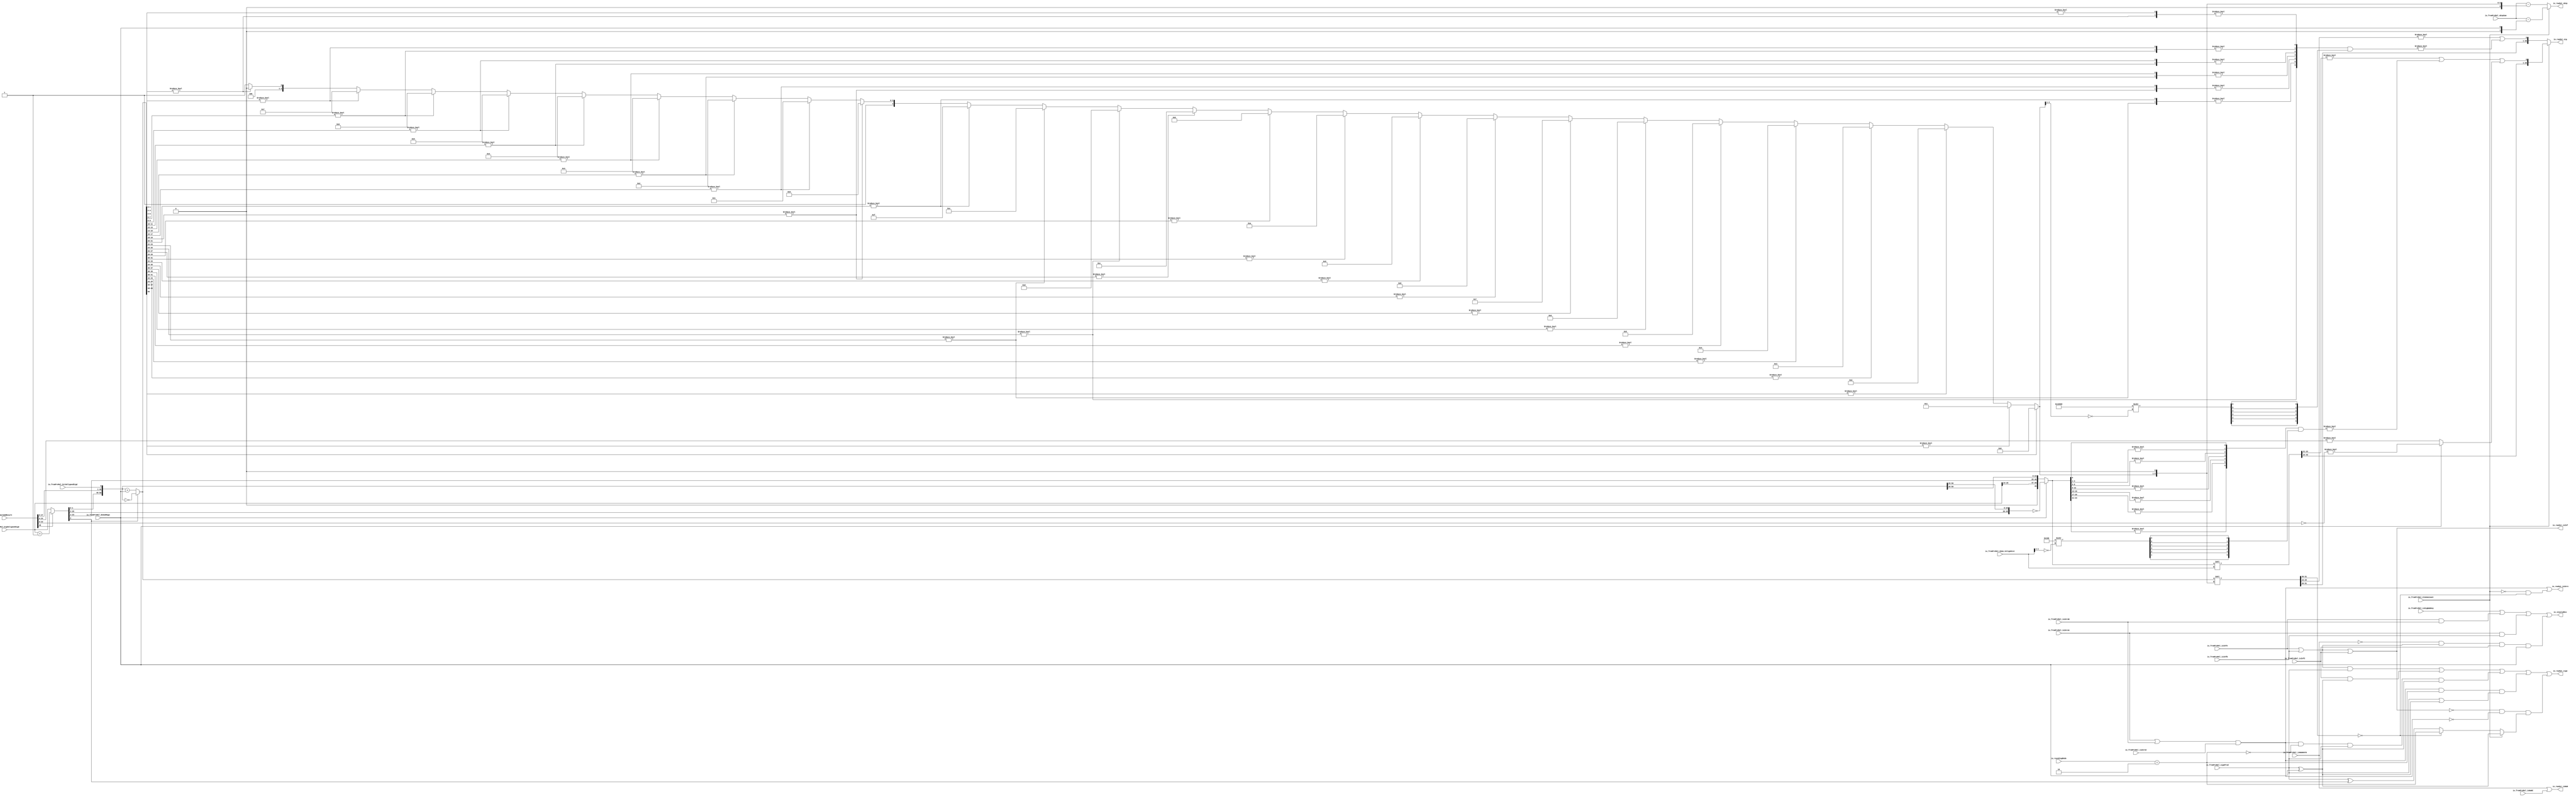
module MulAddRecFNToRaw_postMul( // @[:freechips.rocketchip.system.DefaultRV32Config.fir@190483.2]
  input         io_fromPreMul_isSigNaNAny, // @[:freechips.rocketchip.system.DefaultRV32Config.fir@190484.4]
  input         io_fromPreMul_isNaNAOrB, // @[:freechips.rocketchip.system.DefaultRV32Config.fir@190484.4]
  input         io_fromPreMul_isInfA, // @[:freechips.rocketchip.system.DefaultRV32Config.fir@190484.4]
  input         io_fromPreMul_isZeroA, // @[:freechips.rocketchip.system.DefaultRV32Config.fir@190484.4]
  input         io_fromPreMul_isInfB, // @[:freechips.rocketchip.system.DefaultRV32Config.fir@190484.4]
  input         io_fromPreMul_isZeroB, // @[:freechips.rocketchip.system.DefaultRV32Config.fir@190484.4]
  input         io_fromPreMul_signProd, // @[:freechips.rocketchip.system.DefaultRV32Config.fir@190484.4]
  input         io_fromPreMul_isNaNC, // @[:freechips.rocketchip.system.DefaultRV32Config.fir@190484.4]
  input         io_fromPreMul_isInfC, // @[:freechips.rocketchip.system.DefaultRV32Config.fir@190484.4]
  input         io_fromPreMul_isZeroC, // @[:freechips.rocketchip.system.DefaultRV32Config.fir@190484.4]
  input  [9:0]  io_fromPreMul_sExpSum, // @[:freechips.rocketchip.system.DefaultRV32Config.fir@190484.4]
  input         io_fromPreMul_doSubMags, // @[:freechips.rocketchip.system.DefaultRV32Config.fir@190484.4]
  input         io_fromPreMul_CIsDominant, // @[:freechips.rocketchip.system.DefaultRV32Config.fir@190484.4]
  input  [4:0]  io_fromPreMul_CDom_CAlignDist, // @[:freechips.rocketchip.system.DefaultRV32Config.fir@190484.4]
  input  [25:0] io_fromPreMul_highAlignedSigC, // @[:freechips.rocketchip.system.DefaultRV32Config.fir@190484.4]
  input         io_fromPreMul_bit0AlignedSigC, // @[:freechips.rocketchip.system.DefaultRV32Config.fir@190484.4]
  input  [48:0] io_mulAddResult, // @[:freechips.rocketchip.system.DefaultRV32Config.fir@190484.4]
  input  [2:0]  io_roundingMode, // @[:freechips.rocketchip.system.DefaultRV32Config.fir@190484.4]
  output        io_invalidExc, // @[:freechips.rocketchip.system.DefaultRV32Config.fir@190484.4]
  output        io_rawOut_isNaN, // @[:freechips.rocketchip.system.DefaultRV32Config.fir@190484.4]
  output        io_rawOut_isInf, // @[:freechips.rocketchip.system.DefaultRV32Config.fir@190484.4]
  output        io_rawOut_isZero, // @[:freechips.rocketchip.system.DefaultRV32Config.fir@190484.4]
  output        io_rawOut_sign, // @[:freechips.rocketchip.system.DefaultRV32Config.fir@190484.4]
  output [9:0]  io_rawOut_sExp, // @[:freechips.rocketchip.system.DefaultRV32Config.fir@190484.4]
  output [26:0] io_rawOut_sig // @[:freechips.rocketchip.system.DefaultRV32Config.fir@190484.4]
);
  wire  roundingMode_min; // @[MulAddRecFN.scala 188:45:freechips.rocketchip.system.DefaultRV32Config.fir@190487.4]
  wire  CDom_sign; // @[MulAddRecFN.scala 192:42:freechips.rocketchip.system.DefaultRV32Config.fir@190488.4]
  wire [25:0] _T_2; // @[MulAddRecFN.scala 195:47:freechips.rocketchip.system.DefaultRV32Config.fir@190491.4]
  wire [25:0] _T_3; // @[MulAddRecFN.scala 194:16:freechips.rocketchip.system.DefaultRV32Config.fir@190492.4]
  wire [74:0] sigSum; // @[Cat.scala 29:58:freechips.rocketchip.system.DefaultRV32Config.fir@190495.4]
  wire [1:0] _T_6; // @[MulAddRecFN.scala 205:69:freechips.rocketchip.system.DefaultRV32Config.fir@190496.4]
  wire [9:0] _GEN_0; // @[MulAddRecFN.scala 205:43:freechips.rocketchip.system.DefaultRV32Config.fir@190497.4]
  wire [9:0] CDom_sExp; // @[MulAddRecFN.scala 205:43:freechips.rocketchip.system.DefaultRV32Config.fir@190499.4]
  wire [49:0] _T_10; // @[MulAddRecFN.scala 208:13:freechips.rocketchip.system.DefaultRV32Config.fir@190501.4]
  wire [49:0] _T_14; // @[Cat.scala 29:58:freechips.rocketchip.system.DefaultRV32Config.fir@190505.4]
  wire [49:0] CDom_absSigSum; // @[MulAddRecFN.scala 207:12:freechips.rocketchip.system.DefaultRV32Config.fir@190506.4]
  wire [23:0] _T_16; // @[MulAddRecFN.scala 217:14:freechips.rocketchip.system.DefaultRV32Config.fir@190508.4]
  wire  _T_17; // @[MulAddRecFN.scala 217:36:freechips.rocketchip.system.DefaultRV32Config.fir@190509.4]
  wire  _T_19; // @[MulAddRecFN.scala 218:37:freechips.rocketchip.system.DefaultRV32Config.fir@190511.4]
  wire  CDom_absSigSumExtra; // @[MulAddRecFN.scala 216:12:freechips.rocketchip.system.DefaultRV32Config.fir@190512.4]
  wire [80:0] _GEN_1; // @[MulAddRecFN.scala 221:24:freechips.rocketchip.system.DefaultRV32Config.fir@190513.4]
  wire [80:0] _T_20; // @[MulAddRecFN.scala 221:24:freechips.rocketchip.system.DefaultRV32Config.fir@190513.4]
  wire [28:0] CDom_mainSig; // @[MulAddRecFN.scala 221:56:freechips.rocketchip.system.DefaultRV32Config.fir@190514.4]
  wire [26:0] in_orReduceBy4; // @[MulAddRecFN.scala 224:53:freechips.rocketchip.system.DefaultRV32Config.fir@190516.4]
  wire  reducedVec_orReduceBy4_0; // @[primitives.scala 209:54:freechips.rocketchip.system.DefaultRV32Config.fir@190520.4]
  wire  reducedVec_orReduceBy4_1; // @[primitives.scala 209:54:freechips.rocketchip.system.DefaultRV32Config.fir@190523.4]
  wire  reducedVec_orReduceBy4_2; // @[primitives.scala 209:54:freechips.rocketchip.system.DefaultRV32Config.fir@190526.4]
  wire  reducedVec_orReduceBy4_3; // @[primitives.scala 209:54:freechips.rocketchip.system.DefaultRV32Config.fir@190529.4]
  wire  reducedVec_orReduceBy4_4; // @[primitives.scala 209:54:freechips.rocketchip.system.DefaultRV32Config.fir@190532.4]
  wire  reducedVec_orReduceBy4_5; // @[primitives.scala 209:54:freechips.rocketchip.system.DefaultRV32Config.fir@190535.4]
  wire  reducedVec_orReduceBy4_6; // @[primitives.scala 212:57:freechips.rocketchip.system.DefaultRV32Config.fir@190538.4]
  wire [6:0] _T_41; // @[primitives.scala 213:20:freechips.rocketchip.system.DefaultRV32Config.fir@190545.4]
  wire [2:0] in_inv; // @[primitives.scala 118:30:freechips.rocketchip.system.DefaultRV32Config.fir@190547.4]
  wire [8:0] shift; // @[primitives.scala 160:58:freechips.rocketchip.system.DefaultRV32Config.fir@190548.4]
  wire [5:0] my_lowMask_1; // @[Cat.scala 29:58:freechips.rocketchip.system.DefaultRV32Config.fir@190564.4]
  wire [6:0] _GEN_2; // @[MulAddRecFN.scala 224:72:freechips.rocketchip.system.DefaultRV32Config.fir@190565.4]
  wire [6:0] _T_58; // @[MulAddRecFN.scala 224:72:freechips.rocketchip.system.DefaultRV32Config.fir@190565.4]
  wire  CDom_reduced4SigExtra; // @[MulAddRecFN.scala 225:73:freechips.rocketchip.system.DefaultRV32Config.fir@190566.4]
  wire  _T_61; // @[MulAddRecFN.scala 228:32:freechips.rocketchip.system.DefaultRV32Config.fir@190569.4]
  wire  _T_62; // @[MulAddRecFN.scala 228:36:freechips.rocketchip.system.DefaultRV32Config.fir@190570.4]
  wire  _T_63; // @[MulAddRecFN.scala 228:61:freechips.rocketchip.system.DefaultRV32Config.fir@190571.4]
  wire [26:0] CDom_sig; // @[Cat.scala 29:58:freechips.rocketchip.system.DefaultRV32Config.fir@190572.4]
  wire  notCDom_signSigSum; // @[MulAddRecFN.scala 234:36:freechips.rocketchip.system.DefaultRV32Config.fir@190573.4]
  wire [50:0] _T_65; // @[MulAddRecFN.scala 237:13:freechips.rocketchip.system.DefaultRV32Config.fir@190575.4]
  wire [50:0] _GEN_3; // @[MulAddRecFN.scala 238:41:freechips.rocketchip.system.DefaultRV32Config.fir@190577.4]
  wire [50:0] _T_68; // @[MulAddRecFN.scala 238:41:freechips.rocketchip.system.DefaultRV32Config.fir@190578.4]
  wire [50:0] in_orReduceBy2; // @[MulAddRecFN.scala 236:12:freechips.rocketchip.system.DefaultRV32Config.fir@190579.4]
  wire  reducedVec_orReduceBy2__0; // @[primitives.scala 190:54:freechips.rocketchip.system.DefaultRV32Config.fir@190583.4]
  wire  reducedVec_orReduceBy2__1; // @[primitives.scala 190:54:freechips.rocketchip.system.DefaultRV32Config.fir@190586.4]
  wire  reducedVec_orReduceBy2__2; // @[primitives.scala 190:54:freechips.rocketchip.system.DefaultRV32Config.fir@190589.4]
  wire  reducedVec_orReduceBy2__3; // @[primitives.scala 190:54:freechips.rocketchip.system.DefaultRV32Config.fir@190592.4]
  wire  reducedVec_orReduceBy2__4; // @[primitives.scala 190:54:freechips.rocketchip.system.DefaultRV32Config.fir@190595.4]
  wire  reducedVec_orReduceBy2__5; // @[primitives.scala 190:54:freechips.rocketchip.system.DefaultRV32Config.fir@190598.4]
  wire  reducedVec_orReduceBy2__6; // @[primitives.scala 190:54:freechips.rocketchip.system.DefaultRV32Config.fir@190601.4]
  wire  reducedVec_orReduceBy2__7; // @[primitives.scala 190:54:freechips.rocketchip.system.DefaultRV32Config.fir@190604.4]
  wire  reducedVec_orReduceBy2__8; // @[primitives.scala 190:54:freechips.rocketchip.system.DefaultRV32Config.fir@190607.4]
  wire  reducedVec_orReduceBy2__9; // @[primitives.scala 190:54:freechips.rocketchip.system.DefaultRV32Config.fir@190610.4]
  wire  reducedVec_orReduceBy2__10; // @[primitives.scala 190:54:freechips.rocketchip.system.DefaultRV32Config.fir@190613.4]
  wire  reducedVec_orReduceBy2__11; // @[primitives.scala 190:54:freechips.rocketchip.system.DefaultRV32Config.fir@190616.4]
  wire  reducedVec_orReduceBy2__12; // @[primitives.scala 190:54:freechips.rocketchip.system.DefaultRV32Config.fir@190619.4]
  wire  reducedVec_orReduceBy2__13; // @[primitives.scala 190:54:freechips.rocketchip.system.DefaultRV32Config.fir@190622.4]
  wire  reducedVec_orReduceBy2__14; // @[primitives.scala 190:54:freechips.rocketchip.system.DefaultRV32Config.fir@190625.4]
  wire  reducedVec_orReduceBy2__15; // @[primitives.scala 190:54:freechips.rocketchip.system.DefaultRV32Config.fir@190628.4]
  wire  reducedVec_orReduceBy2__16; // @[primitives.scala 190:54:freechips.rocketchip.system.DefaultRV32Config.fir@190631.4]
  wire  reducedVec_orReduceBy2__17; // @[primitives.scala 190:54:freechips.rocketchip.system.DefaultRV32Config.fir@190634.4]
  wire  reducedVec_orReduceBy2__18; // @[primitives.scala 190:54:freechips.rocketchip.system.DefaultRV32Config.fir@190637.4]
  wire  reducedVec_orReduceBy2__19; // @[primitives.scala 190:54:freechips.rocketchip.system.DefaultRV32Config.fir@190640.4]
  wire  reducedVec_orReduceBy2__20; // @[primitives.scala 190:54:freechips.rocketchip.system.DefaultRV32Config.fir@190643.4]
  wire  reducedVec_orReduceBy2__21; // @[primitives.scala 190:54:freechips.rocketchip.system.DefaultRV32Config.fir@190646.4]
  wire  reducedVec_orReduceBy2__22; // @[primitives.scala 190:54:freechips.rocketchip.system.DefaultRV32Config.fir@190649.4]
  wire  reducedVec_orReduceBy2__23; // @[primitives.scala 190:54:freechips.rocketchip.system.DefaultRV32Config.fir@190652.4]
  wire  reducedVec_orReduceBy2__24; // @[primitives.scala 190:54:freechips.rocketchip.system.DefaultRV32Config.fir@190655.4]
  wire  reducedVec_orReduceBy2__25; // @[primitives.scala 193:15:freechips.rocketchip.system.DefaultRV32Config.fir@190657.4]
  wire [5:0] _T_125; // @[primitives.scala 194:20:freechips.rocketchip.system.DefaultRV32Config.fir@190664.4]
  wire [12:0] _T_132; // @[primitives.scala 194:20:freechips.rocketchip.system.DefaultRV32Config.fir@190671.4]
  wire [5:0] _T_137; // @[primitives.scala 194:20:freechips.rocketchip.system.DefaultRV32Config.fir@190676.4]
  wire [25:0] notCDom_reduced2AbsSigSum; // @[primitives.scala 194:20:freechips.rocketchip.system.DefaultRV32Config.fir@190684.4]
  wire [4:0] _T_171; // @[Mux.scala 47:69:freechips.rocketchip.system.DefaultRV32Config.fir@190711.4]
  wire [4:0] _T_172; // @[Mux.scala 47:69:freechips.rocketchip.system.DefaultRV32Config.fir@190712.4]
  wire [4:0] _T_173; // @[Mux.scala 47:69:freechips.rocketchip.system.DefaultRV32Config.fir@190713.4]
  wire [4:0] _T_174; // @[Mux.scala 47:69:freechips.rocketchip.system.DefaultRV32Config.fir@190714.4]
  wire [4:0] _T_175; // @[Mux.scala 47:69:freechips.rocketchip.system.DefaultRV32Config.fir@190715.4]
  wire [4:0] _T_176; // @[Mux.scala 47:69:freechips.rocketchip.system.DefaultRV32Config.fir@190716.4]
  wire [4:0] _T_177; // @[Mux.scala 47:69:freechips.rocketchip.system.DefaultRV32Config.fir@190717.4]
  wire [4:0] _T_178; // @[Mux.scala 47:69:freechips.rocketchip.system.DefaultRV32Config.fir@190718.4]
  wire [4:0] _T_179; // @[Mux.scala 47:69:freechips.rocketchip.system.DefaultRV32Config.fir@190719.4]
  wire [4:0] _T_180; // @[Mux.scala 47:69:freechips.rocketchip.system.DefaultRV32Config.fir@190720.4]
  wire [4:0] _T_181; // @[Mux.scala 47:69:freechips.rocketchip.system.DefaultRV32Config.fir@190721.4]
  wire [4:0] _T_182; // @[Mux.scala 47:69:freechips.rocketchip.system.DefaultRV32Config.fir@190722.4]
  wire [4:0] _T_183; // @[Mux.scala 47:69:freechips.rocketchip.system.DefaultRV32Config.fir@190723.4]
  wire [4:0] _T_184; // @[Mux.scala 47:69:freechips.rocketchip.system.DefaultRV32Config.fir@190724.4]
  wire [4:0] _T_185; // @[Mux.scala 47:69:freechips.rocketchip.system.DefaultRV32Config.fir@190725.4]
  wire [4:0] _T_186; // @[Mux.scala 47:69:freechips.rocketchip.system.DefaultRV32Config.fir@190726.4]
  wire [4:0] _T_187; // @[Mux.scala 47:69:freechips.rocketchip.system.DefaultRV32Config.fir@190727.4]
  wire [4:0] _T_188; // @[Mux.scala 47:69:freechips.rocketchip.system.DefaultRV32Config.fir@190728.4]
  wire [4:0] _T_189; // @[Mux.scala 47:69:freechips.rocketchip.system.DefaultRV32Config.fir@190729.4]
  wire [4:0] _T_190; // @[Mux.scala 47:69:freechips.rocketchip.system.DefaultRV32Config.fir@190730.4]
  wire [4:0] _T_191; // @[Mux.scala 47:69:freechips.rocketchip.system.DefaultRV32Config.fir@190731.4]
  wire [4:0] _T_192; // @[Mux.scala 47:69:freechips.rocketchip.system.DefaultRV32Config.fir@190732.4]
  wire [4:0] _T_193; // @[Mux.scala 47:69:freechips.rocketchip.system.DefaultRV32Config.fir@190733.4]
  wire [4:0] _T_194; // @[Mux.scala 47:69:freechips.rocketchip.system.DefaultRV32Config.fir@190734.4]
  wire [4:0] notCDom_normDistReduced2; // @[Mux.scala 47:69:freechips.rocketchip.system.DefaultRV32Config.fir@190735.4]
  wire [5:0] notCDom_nearNormDist; // @[MulAddRecFN.scala 242:56:freechips.rocketchip.system.DefaultRV32Config.fir@190736.4]
  wire [6:0] _T_195; // @[MulAddRecFN.scala 243:69:freechips.rocketchip.system.DefaultRV32Config.fir@190737.4]
  wire [9:0] _GEN_4; // @[MulAddRecFN.scala 243:46:freechips.rocketchip.system.DefaultRV32Config.fir@190738.4]
  wire [9:0] notCDom_sExp; // @[MulAddRecFN.scala 243:46:freechips.rocketchip.system.DefaultRV32Config.fir@190740.4]
  wire [113:0] _GEN_5; // @[MulAddRecFN.scala 245:27:freechips.rocketchip.system.DefaultRV32Config.fir@190741.4]
  wire [113:0] _T_198; // @[MulAddRecFN.scala 245:27:freechips.rocketchip.system.DefaultRV32Config.fir@190741.4]
  wire [28:0] notCDom_mainSig; // @[MulAddRecFN.scala 245:50:freechips.rocketchip.system.DefaultRV32Config.fir@190742.4]
  wire [12:0] in_orReduceBy2_1; // @[MulAddRecFN.scala 249:39:freechips.rocketchip.system.DefaultRV32Config.fir@190743.4]
  wire  reducedVec_orReduceBy2_1_0; // @[primitives.scala 190:54:freechips.rocketchip.system.DefaultRV32Config.fir@190748.4]
  wire  reducedVec_orReduceBy2_1_1; // @[primitives.scala 190:54:freechips.rocketchip.system.DefaultRV32Config.fir@190751.4]
  wire  reducedVec_orReduceBy2_1_2; // @[primitives.scala 190:54:freechips.rocketchip.system.DefaultRV32Config.fir@190754.4]
  wire  reducedVec_orReduceBy2_1_3; // @[primitives.scala 190:54:freechips.rocketchip.system.DefaultRV32Config.fir@190757.4]
  wire  reducedVec_orReduceBy2_1_4; // @[primitives.scala 190:54:freechips.rocketchip.system.DefaultRV32Config.fir@190760.4]
  wire  reducedVec_orReduceBy2_1_5; // @[primitives.scala 190:54:freechips.rocketchip.system.DefaultRV32Config.fir@190763.4]
  wire  reducedVec_orReduceBy2_1_6; // @[primitives.scala 193:15:freechips.rocketchip.system.DefaultRV32Config.fir@190765.4]
  wire [6:0] _T_219; // @[primitives.scala 194:20:freechips.rocketchip.system.DefaultRV32Config.fir@190773.4]
  wire [3:0] in_inv_1; // @[primitives.scala 118:30:freechips.rocketchip.system.DefaultRV32Config.fir@190775.4]
  wire [16:0] shift_1; // @[primitives.scala 160:58:freechips.rocketchip.system.DefaultRV32Config.fir@190776.4]
  wire [5:0] my_lowMask_1_1; // @[Cat.scala 29:58:freechips.rocketchip.system.DefaultRV32Config.fir@190792.4]
  wire [6:0] _GEN_6; // @[MulAddRecFN.scala 249:78:freechips.rocketchip.system.DefaultRV32Config.fir@190793.4]
  wire [6:0] _T_236; // @[MulAddRecFN.scala 249:78:freechips.rocketchip.system.DefaultRV32Config.fir@190793.4]
  wire  notCDom_reduced4SigExtra; // @[MulAddRecFN.scala 251:11:freechips.rocketchip.system.DefaultRV32Config.fir@190794.4]
  wire  _T_239; // @[MulAddRecFN.scala 254:35:freechips.rocketchip.system.DefaultRV32Config.fir@190797.4]
  wire  _T_240; // @[MulAddRecFN.scala 254:39:freechips.rocketchip.system.DefaultRV32Config.fir@190798.4]
  wire [26:0] notCDom_sig; // @[Cat.scala 29:58:freechips.rocketchip.system.DefaultRV32Config.fir@190799.4]
  wire  notCDom_completeCancellation; // @[MulAddRecFN.scala 257:50:freechips.rocketchip.system.DefaultRV32Config.fir@190801.4]
  wire  _T_242; // @[MulAddRecFN.scala 261:36:freechips.rocketchip.system.DefaultRV32Config.fir@190802.4]
  wire  notCDom_sign; // @[MulAddRecFN.scala 259:12:freechips.rocketchip.system.DefaultRV32Config.fir@190803.4]
  wire  notNaN_isInfProd; // @[MulAddRecFN.scala 266:49:freechips.rocketchip.system.DefaultRV32Config.fir@190804.4]
  wire  notNaN_isInfOut; // @[MulAddRecFN.scala 267:44:freechips.rocketchip.system.DefaultRV32Config.fir@190805.4]
  wire  _T_243; // @[MulAddRecFN.scala 269:32:freechips.rocketchip.system.DefaultRV32Config.fir@190806.4]
  wire  notNaN_addZeros; // @[MulAddRecFN.scala 269:58:freechips.rocketchip.system.DefaultRV32Config.fir@190807.4]
  wire  _T_244; // @[MulAddRecFN.scala 274:31:freechips.rocketchip.system.DefaultRV32Config.fir@190808.4]
  wire  _T_245; // @[MulAddRecFN.scala 273:35:freechips.rocketchip.system.DefaultRV32Config.fir@190809.4]
  wire  _T_246; // @[MulAddRecFN.scala 275:32:freechips.rocketchip.system.DefaultRV32Config.fir@190810.4]
  wire  _T_247; // @[MulAddRecFN.scala 274:57:freechips.rocketchip.system.DefaultRV32Config.fir@190811.4]
  wire  _T_248; // @[MulAddRecFN.scala 276:10:freechips.rocketchip.system.DefaultRV32Config.fir@190812.4]
  wire  _T_250; // @[MulAddRecFN.scala 276:36:freechips.rocketchip.system.DefaultRV32Config.fir@190814.4]
  wire  _T_251; // @[MulAddRecFN.scala 277:61:freechips.rocketchip.system.DefaultRV32Config.fir@190815.4]
  wire  _T_252; // @[MulAddRecFN.scala 278:35:freechips.rocketchip.system.DefaultRV32Config.fir@190816.4]
  wire  _T_255; // @[MulAddRecFN.scala 285:14:freechips.rocketchip.system.DefaultRV32Config.fir@190822.4]
  wire  _T_256; // @[MulAddRecFN.scala 285:42:freechips.rocketchip.system.DefaultRV32Config.fir@190823.4]
  wire  _T_258; // @[MulAddRecFN.scala 287:27:freechips.rocketchip.system.DefaultRV32Config.fir@190826.4]
  wire  _T_259; // @[MulAddRecFN.scala 288:31:freechips.rocketchip.system.DefaultRV32Config.fir@190827.4]
  wire  _T_260; // @[MulAddRecFN.scala 287:54:freechips.rocketchip.system.DefaultRV32Config.fir@190828.4]
  wire  _T_261; // @[MulAddRecFN.scala 289:29:freechips.rocketchip.system.DefaultRV32Config.fir@190829.4]
  wire  _T_262; // @[MulAddRecFN.scala 289:26:freechips.rocketchip.system.DefaultRV32Config.fir@190830.4]
  wire  _T_263; // @[MulAddRecFN.scala 289:48:freechips.rocketchip.system.DefaultRV32Config.fir@190831.4]
  wire  _T_264; // @[MulAddRecFN.scala 290:36:freechips.rocketchip.system.DefaultRV32Config.fir@190832.4]
  wire  _T_265; // @[MulAddRecFN.scala 288:43:freechips.rocketchip.system.DefaultRV32Config.fir@190833.4]
  wire  _T_266; // @[MulAddRecFN.scala 291:26:freechips.rocketchip.system.DefaultRV32Config.fir@190834.4]
  wire  _T_267; // @[MulAddRecFN.scala 292:37:freechips.rocketchip.system.DefaultRV32Config.fir@190835.4]
  wire  _T_268; // @[MulAddRecFN.scala 291:46:freechips.rocketchip.system.DefaultRV32Config.fir@190836.4]
  wire  _T_269; // @[MulAddRecFN.scala 290:48:freechips.rocketchip.system.DefaultRV32Config.fir@190837.4]
  wire  _T_270; // @[MulAddRecFN.scala 293:10:freechips.rocketchip.system.DefaultRV32Config.fir@190838.4]
  wire  _T_271; // @[MulAddRecFN.scala 293:31:freechips.rocketchip.system.DefaultRV32Config.fir@190839.4]
  wire  _T_272; // @[MulAddRecFN.scala 293:28:freechips.rocketchip.system.DefaultRV32Config.fir@190840.4]
  wire  _T_273; // @[MulAddRecFN.scala 294:17:freechips.rocketchip.system.DefaultRV32Config.fir@190841.4]
  wire  _T_274; // @[MulAddRecFN.scala 293:49:freechips.rocketchip.system.DefaultRV32Config.fir@190842.4]
  assign roundingMode_min = io_roundingMode == 3'h2; // @[MulAddRecFN.scala 188:45:freechips.rocketchip.system.DefaultRV32Config.fir@190487.4]
  assign CDom_sign = io_fromPreMul_signProd ^ io_fromPreMul_doSubMags; // @[MulAddRecFN.scala 192:42:freechips.rocketchip.system.DefaultRV32Config.fir@190488.4]
  assign _T_2 = io_fromPreMul_highAlignedSigC + 26'h1; // @[MulAddRecFN.scala 195:47:freechips.rocketchip.system.DefaultRV32Config.fir@190491.4]
  assign _T_3 = io_mulAddResult[48] ? _T_2 : io_fromPreMul_highAlignedSigC; // @[MulAddRecFN.scala 194:16:freechips.rocketchip.system.DefaultRV32Config.fir@190492.4]
  assign sigSum = {_T_3,io_mulAddResult[47:0],io_fromPreMul_bit0AlignedSigC}; // @[Cat.scala 29:58:freechips.rocketchip.system.DefaultRV32Config.fir@190495.4]
  assign _T_6 = {1'b0,$signed(io_fromPreMul_doSubMags)}; // @[MulAddRecFN.scala 205:69:freechips.rocketchip.system.DefaultRV32Config.fir@190496.4]
  assign _GEN_0 = {{8{_T_6[1]}},_T_6}; // @[MulAddRecFN.scala 205:43:freechips.rocketchip.system.DefaultRV32Config.fir@190497.4]
  assign CDom_sExp = $signed(io_fromPreMul_sExpSum) - $signed(_GEN_0); // @[MulAddRecFN.scala 205:43:freechips.rocketchip.system.DefaultRV32Config.fir@190499.4]
  assign _T_10 = ~sigSum[74:25]; // @[MulAddRecFN.scala 208:13:freechips.rocketchip.system.DefaultRV32Config.fir@190501.4]
  assign _T_14 = {1'h0,io_fromPreMul_highAlignedSigC[25:24],sigSum[72:26]}; // @[Cat.scala 29:58:freechips.rocketchip.system.DefaultRV32Config.fir@190505.4]
  assign CDom_absSigSum = io_fromPreMul_doSubMags ? _T_10 : _T_14; // @[MulAddRecFN.scala 207:12:freechips.rocketchip.system.DefaultRV32Config.fir@190506.4]
  assign _T_16 = ~sigSum[24:1]; // @[MulAddRecFN.scala 217:14:freechips.rocketchip.system.DefaultRV32Config.fir@190508.4]
  assign _T_17 = _T_16 != 24'h0; // @[MulAddRecFN.scala 217:36:freechips.rocketchip.system.DefaultRV32Config.fir@190509.4]
  assign _T_19 = sigSum[25:1] != 25'h0; // @[MulAddRecFN.scala 218:37:freechips.rocketchip.system.DefaultRV32Config.fir@190511.4]
  assign CDom_absSigSumExtra = io_fromPreMul_doSubMags ? _T_17 : _T_19; // @[MulAddRecFN.scala 216:12:freechips.rocketchip.system.DefaultRV32Config.fir@190512.4]
  assign _GEN_1 = {{31'd0}, CDom_absSigSum}; // @[MulAddRecFN.scala 221:24:freechips.rocketchip.system.DefaultRV32Config.fir@190513.4]
  assign _T_20 = _GEN_1 << io_fromPreMul_CDom_CAlignDist; // @[MulAddRecFN.scala 221:24:freechips.rocketchip.system.DefaultRV32Config.fir@190513.4]
  assign CDom_mainSig = _T_20[49:21]; // @[MulAddRecFN.scala 221:56:freechips.rocketchip.system.DefaultRV32Config.fir@190514.4]
  assign in_orReduceBy4 = {CDom_absSigSum[23:0], 3'h0}; // @[MulAddRecFN.scala 224:53:freechips.rocketchip.system.DefaultRV32Config.fir@190516.4]
  assign reducedVec_orReduceBy4_0 = in_orReduceBy4[3:0] != 4'h0; // @[primitives.scala 209:54:freechips.rocketchip.system.DefaultRV32Config.fir@190520.4]
  assign reducedVec_orReduceBy4_1 = in_orReduceBy4[7:4] != 4'h0; // @[primitives.scala 209:54:freechips.rocketchip.system.DefaultRV32Config.fir@190523.4]
  assign reducedVec_orReduceBy4_2 = in_orReduceBy4[11:8] != 4'h0; // @[primitives.scala 209:54:freechips.rocketchip.system.DefaultRV32Config.fir@190526.4]
  assign reducedVec_orReduceBy4_3 = in_orReduceBy4[15:12] != 4'h0; // @[primitives.scala 209:54:freechips.rocketchip.system.DefaultRV32Config.fir@190529.4]
  assign reducedVec_orReduceBy4_4 = in_orReduceBy4[19:16] != 4'h0; // @[primitives.scala 209:54:freechips.rocketchip.system.DefaultRV32Config.fir@190532.4]
  assign reducedVec_orReduceBy4_5 = in_orReduceBy4[23:20] != 4'h0; // @[primitives.scala 209:54:freechips.rocketchip.system.DefaultRV32Config.fir@190535.4]
  assign reducedVec_orReduceBy4_6 = in_orReduceBy4[26:24] != 3'h0; // @[primitives.scala 212:57:freechips.rocketchip.system.DefaultRV32Config.fir@190538.4]
  assign _T_41 = {reducedVec_orReduceBy4_6,reducedVec_orReduceBy4_5,reducedVec_orReduceBy4_4,reducedVec_orReduceBy4_3,reducedVec_orReduceBy4_2,reducedVec_orReduceBy4_1,reducedVec_orReduceBy4_0}; // @[primitives.scala 213:20:freechips.rocketchip.system.DefaultRV32Config.fir@190545.4]
  assign in_inv = ~io_fromPreMul_CDom_CAlignDist[4:2]; // @[primitives.scala 118:30:freechips.rocketchip.system.DefaultRV32Config.fir@190547.4]
  assign shift = -9'sh100 >>> in_inv; // @[primitives.scala 160:58:freechips.rocketchip.system.DefaultRV32Config.fir@190548.4]
  assign my_lowMask_1 = {shift[1],shift[2],shift[3],shift[4],shift[5],shift[6]}; // @[Cat.scala 29:58:freechips.rocketchip.system.DefaultRV32Config.fir@190564.4]
  assign _GEN_2 = {{1'd0}, my_lowMask_1}; // @[MulAddRecFN.scala 224:72:freechips.rocketchip.system.DefaultRV32Config.fir@190565.4]
  assign _T_58 = _T_41 & _GEN_2; // @[MulAddRecFN.scala 224:72:freechips.rocketchip.system.DefaultRV32Config.fir@190565.4]
  assign CDom_reduced4SigExtra = _T_58 != 7'h0; // @[MulAddRecFN.scala 225:73:freechips.rocketchip.system.DefaultRV32Config.fir@190566.4]
  assign _T_61 = CDom_mainSig[2:0] != 3'h0; // @[MulAddRecFN.scala 228:32:freechips.rocketchip.system.DefaultRV32Config.fir@190569.4]
  assign _T_62 = _T_61 | CDom_reduced4SigExtra; // @[MulAddRecFN.scala 228:36:freechips.rocketchip.system.DefaultRV32Config.fir@190570.4]
  assign _T_63 = _T_62 | CDom_absSigSumExtra; // @[MulAddRecFN.scala 228:61:freechips.rocketchip.system.DefaultRV32Config.fir@190571.4]
  assign CDom_sig = {CDom_mainSig[28:3],_T_63}; // @[Cat.scala 29:58:freechips.rocketchip.system.DefaultRV32Config.fir@190572.4]
  assign notCDom_signSigSum = sigSum[51]; // @[MulAddRecFN.scala 234:36:freechips.rocketchip.system.DefaultRV32Config.fir@190573.4]
  assign _T_65 = ~sigSum[50:0]; // @[MulAddRecFN.scala 237:13:freechips.rocketchip.system.DefaultRV32Config.fir@190575.4]
  assign _GEN_3 = {{50'd0}, io_fromPreMul_doSubMags}; // @[MulAddRecFN.scala 238:41:freechips.rocketchip.system.DefaultRV32Config.fir@190577.4]
  assign _T_68 = sigSum[50:0] + _GEN_3; // @[MulAddRecFN.scala 238:41:freechips.rocketchip.system.DefaultRV32Config.fir@190578.4]
  assign in_orReduceBy2 = notCDom_signSigSum ? _T_65 : _T_68; // @[MulAddRecFN.scala 236:12:freechips.rocketchip.system.DefaultRV32Config.fir@190579.4]
  assign reducedVec_orReduceBy2__0 = in_orReduceBy2[1:0] != 2'h0; // @[primitives.scala 190:54:freechips.rocketchip.system.DefaultRV32Config.fir@190583.4]
  assign reducedVec_orReduceBy2__1 = in_orReduceBy2[3:2] != 2'h0; // @[primitives.scala 190:54:freechips.rocketchip.system.DefaultRV32Config.fir@190586.4]
  assign reducedVec_orReduceBy2__2 = in_orReduceBy2[5:4] != 2'h0; // @[primitives.scala 190:54:freechips.rocketchip.system.DefaultRV32Config.fir@190589.4]
  assign reducedVec_orReduceBy2__3 = in_orReduceBy2[7:6] != 2'h0; // @[primitives.scala 190:54:freechips.rocketchip.system.DefaultRV32Config.fir@190592.4]
  assign reducedVec_orReduceBy2__4 = in_orReduceBy2[9:8] != 2'h0; // @[primitives.scala 190:54:freechips.rocketchip.system.DefaultRV32Config.fir@190595.4]
  assign reducedVec_orReduceBy2__5 = in_orReduceBy2[11:10] != 2'h0; // @[primitives.scala 190:54:freechips.rocketchip.system.DefaultRV32Config.fir@190598.4]
  assign reducedVec_orReduceBy2__6 = in_orReduceBy2[13:12] != 2'h0; // @[primitives.scala 190:54:freechips.rocketchip.system.DefaultRV32Config.fir@190601.4]
  assign reducedVec_orReduceBy2__7 = in_orReduceBy2[15:14] != 2'h0; // @[primitives.scala 190:54:freechips.rocketchip.system.DefaultRV32Config.fir@190604.4]
  assign reducedVec_orReduceBy2__8 = in_orReduceBy2[17:16] != 2'h0; // @[primitives.scala 190:54:freechips.rocketchip.system.DefaultRV32Config.fir@190607.4]
  assign reducedVec_orReduceBy2__9 = in_orReduceBy2[19:18] != 2'h0; // @[primitives.scala 190:54:freechips.rocketchip.system.DefaultRV32Config.fir@190610.4]
  assign reducedVec_orReduceBy2__10 = in_orReduceBy2[21:20] != 2'h0; // @[primitives.scala 190:54:freechips.rocketchip.system.DefaultRV32Config.fir@190613.4]
  assign reducedVec_orReduceBy2__11 = in_orReduceBy2[23:22] != 2'h0; // @[primitives.scala 190:54:freechips.rocketchip.system.DefaultRV32Config.fir@190616.4]
  assign reducedVec_orReduceBy2__12 = in_orReduceBy2[25:24] != 2'h0; // @[primitives.scala 190:54:freechips.rocketchip.system.DefaultRV32Config.fir@190619.4]
  assign reducedVec_orReduceBy2__13 = in_orReduceBy2[27:26] != 2'h0; // @[primitives.scala 190:54:freechips.rocketchip.system.DefaultRV32Config.fir@190622.4]
  assign reducedVec_orReduceBy2__14 = in_orReduceBy2[29:28] != 2'h0; // @[primitives.scala 190:54:freechips.rocketchip.system.DefaultRV32Config.fir@190625.4]
  assign reducedVec_orReduceBy2__15 = in_orReduceBy2[31:30] != 2'h0; // @[primitives.scala 190:54:freechips.rocketchip.system.DefaultRV32Config.fir@190628.4]
  assign reducedVec_orReduceBy2__16 = in_orReduceBy2[33:32] != 2'h0; // @[primitives.scala 190:54:freechips.rocketchip.system.DefaultRV32Config.fir@190631.4]
  assign reducedVec_orReduceBy2__17 = in_orReduceBy2[35:34] != 2'h0; // @[primitives.scala 190:54:freechips.rocketchip.system.DefaultRV32Config.fir@190634.4]
  assign reducedVec_orReduceBy2__18 = in_orReduceBy2[37:36] != 2'h0; // @[primitives.scala 190:54:freechips.rocketchip.system.DefaultRV32Config.fir@190637.4]
  assign reducedVec_orReduceBy2__19 = in_orReduceBy2[39:38] != 2'h0; // @[primitives.scala 190:54:freechips.rocketchip.system.DefaultRV32Config.fir@190640.4]
  assign reducedVec_orReduceBy2__20 = in_orReduceBy2[41:40] != 2'h0; // @[primitives.scala 190:54:freechips.rocketchip.system.DefaultRV32Config.fir@190643.4]
  assign reducedVec_orReduceBy2__21 = in_orReduceBy2[43:42] != 2'h0; // @[primitives.scala 190:54:freechips.rocketchip.system.DefaultRV32Config.fir@190646.4]
  assign reducedVec_orReduceBy2__22 = in_orReduceBy2[45:44] != 2'h0; // @[primitives.scala 190:54:freechips.rocketchip.system.DefaultRV32Config.fir@190649.4]
  assign reducedVec_orReduceBy2__23 = in_orReduceBy2[47:46] != 2'h0; // @[primitives.scala 190:54:freechips.rocketchip.system.DefaultRV32Config.fir@190652.4]
  assign reducedVec_orReduceBy2__24 = in_orReduceBy2[49:48] != 2'h0; // @[primitives.scala 190:54:freechips.rocketchip.system.DefaultRV32Config.fir@190655.4]
  assign reducedVec_orReduceBy2__25 = in_orReduceBy2[50]; // @[primitives.scala 193:15:freechips.rocketchip.system.DefaultRV32Config.fir@190657.4]
  assign _T_125 = {reducedVec_orReduceBy2__5,reducedVec_orReduceBy2__4,reducedVec_orReduceBy2__3,reducedVec_orReduceBy2__2,reducedVec_orReduceBy2__1,reducedVec_orReduceBy2__0}; // @[primitives.scala 194:20:freechips.rocketchip.system.DefaultRV32Config.fir@190664.4]
  assign _T_132 = {reducedVec_orReduceBy2__12,reducedVec_orReduceBy2__11,reducedVec_orReduceBy2__10,reducedVec_orReduceBy2__9,reducedVec_orReduceBy2__8,reducedVec_orReduceBy2__7,reducedVec_orReduceBy2__6,_T_125}; // @[primitives.scala 194:20:freechips.rocketchip.system.DefaultRV32Config.fir@190671.4]
  assign _T_137 = {reducedVec_orReduceBy2__18,reducedVec_orReduceBy2__17,reducedVec_orReduceBy2__16,reducedVec_orReduceBy2__15,reducedVec_orReduceBy2__14,reducedVec_orReduceBy2__13}; // @[primitives.scala 194:20:freechips.rocketchip.system.DefaultRV32Config.fir@190676.4]
  assign notCDom_reduced2AbsSigSum = {reducedVec_orReduceBy2__25,reducedVec_orReduceBy2__24,reducedVec_orReduceBy2__23,reducedVec_orReduceBy2__22,reducedVec_orReduceBy2__21,reducedVec_orReduceBy2__20,reducedVec_orReduceBy2__19,_T_137,_T_132}; // @[primitives.scala 194:20:freechips.rocketchip.system.DefaultRV32Config.fir@190684.4]
  assign _T_171 = notCDom_reduced2AbsSigSum[1] ? 5'h18 : 5'h19; // @[Mux.scala 47:69:freechips.rocketchip.system.DefaultRV32Config.fir@190711.4]
  assign _T_172 = notCDom_reduced2AbsSigSum[2] ? 5'h17 : _T_171; // @[Mux.scala 47:69:freechips.rocketchip.system.DefaultRV32Config.fir@190712.4]
  assign _T_173 = notCDom_reduced2AbsSigSum[3] ? 5'h16 : _T_172; // @[Mux.scala 47:69:freechips.rocketchip.system.DefaultRV32Config.fir@190713.4]
  assign _T_174 = notCDom_reduced2AbsSigSum[4] ? 5'h15 : _T_173; // @[Mux.scala 47:69:freechips.rocketchip.system.DefaultRV32Config.fir@190714.4]
  assign _T_175 = notCDom_reduced2AbsSigSum[5] ? 5'h14 : _T_174; // @[Mux.scala 47:69:freechips.rocketchip.system.DefaultRV32Config.fir@190715.4]
  assign _T_176 = notCDom_reduced2AbsSigSum[6] ? 5'h13 : _T_175; // @[Mux.scala 47:69:freechips.rocketchip.system.DefaultRV32Config.fir@190716.4]
  assign _T_177 = notCDom_reduced2AbsSigSum[7] ? 5'h12 : _T_176; // @[Mux.scala 47:69:freechips.rocketchip.system.DefaultRV32Config.fir@190717.4]
  assign _T_178 = notCDom_reduced2AbsSigSum[8] ? 5'h11 : _T_177; // @[Mux.scala 47:69:freechips.rocketchip.system.DefaultRV32Config.fir@190718.4]
  assign _T_179 = notCDom_reduced2AbsSigSum[9] ? 5'h10 : _T_178; // @[Mux.scala 47:69:freechips.rocketchip.system.DefaultRV32Config.fir@190719.4]
  assign _T_180 = notCDom_reduced2AbsSigSum[10] ? 5'hf : _T_179; // @[Mux.scala 47:69:freechips.rocketchip.system.DefaultRV32Config.fir@190720.4]
  assign _T_181 = notCDom_reduced2AbsSigSum[11] ? 5'he : _T_180; // @[Mux.scala 47:69:freechips.rocketchip.system.DefaultRV32Config.fir@190721.4]
  assign _T_182 = notCDom_reduced2AbsSigSum[12] ? 5'hd : _T_181; // @[Mux.scala 47:69:freechips.rocketchip.system.DefaultRV32Config.fir@190722.4]
  assign _T_183 = notCDom_reduced2AbsSigSum[13] ? 5'hc : _T_182; // @[Mux.scala 47:69:freechips.rocketchip.system.DefaultRV32Config.fir@190723.4]
  assign _T_184 = notCDom_reduced2AbsSigSum[14] ? 5'hb : _T_183; // @[Mux.scala 47:69:freechips.rocketchip.system.DefaultRV32Config.fir@190724.4]
  assign _T_185 = notCDom_reduced2AbsSigSum[15] ? 5'ha : _T_184; // @[Mux.scala 47:69:freechips.rocketchip.system.DefaultRV32Config.fir@190725.4]
  assign _T_186 = notCDom_reduced2AbsSigSum[16] ? 5'h9 : _T_185; // @[Mux.scala 47:69:freechips.rocketchip.system.DefaultRV32Config.fir@190726.4]
  assign _T_187 = notCDom_reduced2AbsSigSum[17] ? 5'h8 : _T_186; // @[Mux.scala 47:69:freechips.rocketchip.system.DefaultRV32Config.fir@190727.4]
  assign _T_188 = notCDom_reduced2AbsSigSum[18] ? 5'h7 : _T_187; // @[Mux.scala 47:69:freechips.rocketchip.system.DefaultRV32Config.fir@190728.4]
  assign _T_189 = notCDom_reduced2AbsSigSum[19] ? 5'h6 : _T_188; // @[Mux.scala 47:69:freechips.rocketchip.system.DefaultRV32Config.fir@190729.4]
  assign _T_190 = notCDom_reduced2AbsSigSum[20] ? 5'h5 : _T_189; // @[Mux.scala 47:69:freechips.rocketchip.system.DefaultRV32Config.fir@190730.4]
  assign _T_191 = notCDom_reduced2AbsSigSum[21] ? 5'h4 : _T_190; // @[Mux.scala 47:69:freechips.rocketchip.system.DefaultRV32Config.fir@190731.4]
  assign _T_192 = notCDom_reduced2AbsSigSum[22] ? 5'h3 : _T_191; // @[Mux.scala 47:69:freechips.rocketchip.system.DefaultRV32Config.fir@190732.4]
  assign _T_193 = notCDom_reduced2AbsSigSum[23] ? 5'h2 : _T_192; // @[Mux.scala 47:69:freechips.rocketchip.system.DefaultRV32Config.fir@190733.4]
  assign _T_194 = notCDom_reduced2AbsSigSum[24] ? 5'h1 : _T_193; // @[Mux.scala 47:69:freechips.rocketchip.system.DefaultRV32Config.fir@190734.4]
  assign notCDom_normDistReduced2 = notCDom_reduced2AbsSigSum[25] ? 5'h0 : _T_194; // @[Mux.scala 47:69:freechips.rocketchip.system.DefaultRV32Config.fir@190735.4]
  assign notCDom_nearNormDist = {notCDom_normDistReduced2, 1'h0}; // @[MulAddRecFN.scala 242:56:freechips.rocketchip.system.DefaultRV32Config.fir@190736.4]
  assign _T_195 = {1'b0,$signed(notCDom_nearNormDist)}; // @[MulAddRecFN.scala 243:69:freechips.rocketchip.system.DefaultRV32Config.fir@190737.4]
  assign _GEN_4 = {{3{_T_195[6]}},_T_195}; // @[MulAddRecFN.scala 243:46:freechips.rocketchip.system.DefaultRV32Config.fir@190738.4]
  assign notCDom_sExp = $signed(io_fromPreMul_sExpSum) - $signed(_GEN_4); // @[MulAddRecFN.scala 243:46:freechips.rocketchip.system.DefaultRV32Config.fir@190740.4]
  assign _GEN_5 = {{63'd0}, in_orReduceBy2}; // @[MulAddRecFN.scala 245:27:freechips.rocketchip.system.DefaultRV32Config.fir@190741.4]
  assign _T_198 = _GEN_5 << notCDom_nearNormDist; // @[MulAddRecFN.scala 245:27:freechips.rocketchip.system.DefaultRV32Config.fir@190741.4]
  assign notCDom_mainSig = _T_198[51:23]; // @[MulAddRecFN.scala 245:50:freechips.rocketchip.system.DefaultRV32Config.fir@190742.4]
  assign in_orReduceBy2_1 = notCDom_reduced2AbsSigSum[12:0]; // @[MulAddRecFN.scala 249:39:freechips.rocketchip.system.DefaultRV32Config.fir@190743.4]
  assign reducedVec_orReduceBy2_1_0 = in_orReduceBy2_1[1:0] != 2'h0; // @[primitives.scala 190:54:freechips.rocketchip.system.DefaultRV32Config.fir@190748.4]
  assign reducedVec_orReduceBy2_1_1 = in_orReduceBy2_1[3:2] != 2'h0; // @[primitives.scala 190:54:freechips.rocketchip.system.DefaultRV32Config.fir@190751.4]
  assign reducedVec_orReduceBy2_1_2 = in_orReduceBy2_1[5:4] != 2'h0; // @[primitives.scala 190:54:freechips.rocketchip.system.DefaultRV32Config.fir@190754.4]
  assign reducedVec_orReduceBy2_1_3 = in_orReduceBy2_1[7:6] != 2'h0; // @[primitives.scala 190:54:freechips.rocketchip.system.DefaultRV32Config.fir@190757.4]
  assign reducedVec_orReduceBy2_1_4 = in_orReduceBy2_1[9:8] != 2'h0; // @[primitives.scala 190:54:freechips.rocketchip.system.DefaultRV32Config.fir@190760.4]
  assign reducedVec_orReduceBy2_1_5 = in_orReduceBy2_1[11:10] != 2'h0; // @[primitives.scala 190:54:freechips.rocketchip.system.DefaultRV32Config.fir@190763.4]
  assign reducedVec_orReduceBy2_1_6 = in_orReduceBy2_1[12]; // @[primitives.scala 193:15:freechips.rocketchip.system.DefaultRV32Config.fir@190765.4]
  assign _T_219 = {reducedVec_orReduceBy2_1_6,reducedVec_orReduceBy2_1_5,reducedVec_orReduceBy2_1_4,reducedVec_orReduceBy2_1_3,reducedVec_orReduceBy2_1_2,reducedVec_orReduceBy2_1_1,reducedVec_orReduceBy2_1_0}; // @[primitives.scala 194:20:freechips.rocketchip.system.DefaultRV32Config.fir@190773.4]
  assign in_inv_1 = ~notCDom_normDistReduced2[4:1]; // @[primitives.scala 118:30:freechips.rocketchip.system.DefaultRV32Config.fir@190775.4]
  assign shift_1 = -17'sh10000 >>> in_inv_1; // @[primitives.scala 160:58:freechips.rocketchip.system.DefaultRV32Config.fir@190776.4]
  assign my_lowMask_1_1 = {shift_1[1],shift_1[2],shift_1[3],shift_1[4],shift_1[5],shift_1[6]}; // @[Cat.scala 29:58:freechips.rocketchip.system.DefaultRV32Config.fir@190792.4]
  assign _GEN_6 = {{1'd0}, my_lowMask_1_1}; // @[MulAddRecFN.scala 249:78:freechips.rocketchip.system.DefaultRV32Config.fir@190793.4]
  assign _T_236 = _T_219 & _GEN_6; // @[MulAddRecFN.scala 249:78:freechips.rocketchip.system.DefaultRV32Config.fir@190793.4]
  assign notCDom_reduced4SigExtra = _T_236 != 7'h0; // @[MulAddRecFN.scala 251:11:freechips.rocketchip.system.DefaultRV32Config.fir@190794.4]
  assign _T_239 = notCDom_mainSig[2:0] != 3'h0; // @[MulAddRecFN.scala 254:35:freechips.rocketchip.system.DefaultRV32Config.fir@190797.4]
  assign _T_240 = _T_239 | notCDom_reduced4SigExtra; // @[MulAddRecFN.scala 254:39:freechips.rocketchip.system.DefaultRV32Config.fir@190798.4]
  assign notCDom_sig = {notCDom_mainSig[28:3],_T_240}; // @[Cat.scala 29:58:freechips.rocketchip.system.DefaultRV32Config.fir@190799.4]
  assign notCDom_completeCancellation = notCDom_sig[26:25] == 2'h0; // @[MulAddRecFN.scala 257:50:freechips.rocketchip.system.DefaultRV32Config.fir@190801.4]
  assign _T_242 = io_fromPreMul_signProd ^ notCDom_signSigSum; // @[MulAddRecFN.scala 261:36:freechips.rocketchip.system.DefaultRV32Config.fir@190802.4]
  assign notCDom_sign = notCDom_completeCancellation ? roundingMode_min : _T_242; // @[MulAddRecFN.scala 259:12:freechips.rocketchip.system.DefaultRV32Config.fir@190803.4]
  assign notNaN_isInfProd = io_fromPreMul_isInfA | io_fromPreMul_isInfB; // @[MulAddRecFN.scala 266:49:freechips.rocketchip.system.DefaultRV32Config.fir@190804.4]
  assign notNaN_isInfOut = notNaN_isInfProd | io_fromPreMul_isInfC; // @[MulAddRecFN.scala 267:44:freechips.rocketchip.system.DefaultRV32Config.fir@190805.4]
  assign _T_243 = io_fromPreMul_isZeroA | io_fromPreMul_isZeroB; // @[MulAddRecFN.scala 269:32:freechips.rocketchip.system.DefaultRV32Config.fir@190806.4]
  assign notNaN_addZeros = _T_243 & io_fromPreMul_isZeroC; // @[MulAddRecFN.scala 269:58:freechips.rocketchip.system.DefaultRV32Config.fir@190807.4]
  assign _T_244 = io_fromPreMul_isInfA & io_fromPreMul_isZeroB; // @[MulAddRecFN.scala 274:31:freechips.rocketchip.system.DefaultRV32Config.fir@190808.4]
  assign _T_245 = io_fromPreMul_isSigNaNAny | _T_244; // @[MulAddRecFN.scala 273:35:freechips.rocketchip.system.DefaultRV32Config.fir@190809.4]
  assign _T_246 = io_fromPreMul_isZeroA & io_fromPreMul_isInfB; // @[MulAddRecFN.scala 275:32:freechips.rocketchip.system.DefaultRV32Config.fir@190810.4]
  assign _T_247 = _T_245 | _T_246; // @[MulAddRecFN.scala 274:57:freechips.rocketchip.system.DefaultRV32Config.fir@190811.4]
  assign _T_248 = ~io_fromPreMul_isNaNAOrB; // @[MulAddRecFN.scala 276:10:freechips.rocketchip.system.DefaultRV32Config.fir@190812.4]
  assign _T_250 = _T_248 & notNaN_isInfProd; // @[MulAddRecFN.scala 276:36:freechips.rocketchip.system.DefaultRV32Config.fir@190814.4]
  assign _T_251 = _T_250 & io_fromPreMul_isInfC; // @[MulAddRecFN.scala 277:61:freechips.rocketchip.system.DefaultRV32Config.fir@190815.4]
  assign _T_252 = _T_251 & io_fromPreMul_doSubMags; // @[MulAddRecFN.scala 278:35:freechips.rocketchip.system.DefaultRV32Config.fir@190816.4]
  assign _T_255 = ~io_fromPreMul_CIsDominant; // @[MulAddRecFN.scala 285:14:freechips.rocketchip.system.DefaultRV32Config.fir@190822.4]
  assign _T_256 = _T_255 & notCDom_completeCancellation; // @[MulAddRecFN.scala 285:42:freechips.rocketchip.system.DefaultRV32Config.fir@190823.4]
  assign _T_258 = notNaN_isInfProd & io_fromPreMul_signProd; // @[MulAddRecFN.scala 287:27:freechips.rocketchip.system.DefaultRV32Config.fir@190826.4]
  assign _T_259 = io_fromPreMul_isInfC & CDom_sign; // @[MulAddRecFN.scala 288:31:freechips.rocketchip.system.DefaultRV32Config.fir@190827.4]
  assign _T_260 = _T_258 | _T_259; // @[MulAddRecFN.scala 287:54:freechips.rocketchip.system.DefaultRV32Config.fir@190828.4]
  assign _T_261 = ~roundingMode_min; // @[MulAddRecFN.scala 289:29:freechips.rocketchip.system.DefaultRV32Config.fir@190829.4]
  assign _T_262 = notNaN_addZeros & _T_261; // @[MulAddRecFN.scala 289:26:freechips.rocketchip.system.DefaultRV32Config.fir@190830.4]
  assign _T_263 = _T_262 & io_fromPreMul_signProd; // @[MulAddRecFN.scala 289:48:freechips.rocketchip.system.DefaultRV32Config.fir@190831.4]
  assign _T_264 = _T_263 & CDom_sign; // @[MulAddRecFN.scala 290:36:freechips.rocketchip.system.DefaultRV32Config.fir@190832.4]
  assign _T_265 = _T_260 | _T_264; // @[MulAddRecFN.scala 288:43:freechips.rocketchip.system.DefaultRV32Config.fir@190833.4]
  assign _T_266 = notNaN_addZeros & roundingMode_min; // @[MulAddRecFN.scala 291:26:freechips.rocketchip.system.DefaultRV32Config.fir@190834.4]
  assign _T_267 = io_fromPreMul_signProd | CDom_sign; // @[MulAddRecFN.scala 292:37:freechips.rocketchip.system.DefaultRV32Config.fir@190835.4]
  assign _T_268 = _T_266 & _T_267; // @[MulAddRecFN.scala 291:46:freechips.rocketchip.system.DefaultRV32Config.fir@190836.4]
  assign _T_269 = _T_265 | _T_268; // @[MulAddRecFN.scala 290:48:freechips.rocketchip.system.DefaultRV32Config.fir@190837.4]
  assign _T_270 = ~notNaN_isInfOut; // @[MulAddRecFN.scala 293:10:freechips.rocketchip.system.DefaultRV32Config.fir@190838.4]
  assign _T_271 = ~notNaN_addZeros; // @[MulAddRecFN.scala 293:31:freechips.rocketchip.system.DefaultRV32Config.fir@190839.4]
  assign _T_272 = _T_270 & _T_271; // @[MulAddRecFN.scala 293:28:freechips.rocketchip.system.DefaultRV32Config.fir@190840.4]
  assign _T_273 = io_fromPreMul_CIsDominant ? CDom_sign : notCDom_sign; // @[MulAddRecFN.scala 294:17:freechips.rocketchip.system.DefaultRV32Config.fir@190841.4]
  assign _T_274 = _T_272 & _T_273; // @[MulAddRecFN.scala 293:49:freechips.rocketchip.system.DefaultRV32Config.fir@190842.4]
  assign io_invalidExc = _T_247 | _T_252; // @[MulAddRecFN.scala 272:19:freechips.rocketchip.system.DefaultRV32Config.fir@190818.4]
  assign io_rawOut_isNaN = io_fromPreMul_isNaNAOrB | io_fromPreMul_isNaNC; // @[MulAddRecFN.scala 280:21:freechips.rocketchip.system.DefaultRV32Config.fir@190820.4]
  assign io_rawOut_isInf = notNaN_isInfProd | io_fromPreMul_isInfC; // @[MulAddRecFN.scala 281:21:freechips.rocketchip.system.DefaultRV32Config.fir@190821.4]
  assign io_rawOut_isZero = notNaN_addZeros | _T_256; // @[MulAddRecFN.scala 283:22:freechips.rocketchip.system.DefaultRV32Config.fir@190825.4]
  assign io_rawOut_sign = _T_269 | _T_274; // @[MulAddRecFN.scala 286:20:freechips.rocketchip.system.DefaultRV32Config.fir@190844.4]
  assign io_rawOut_sExp = io_fromPreMul_CIsDominant ? $signed(CDom_sExp) : $signed(notCDom_sExp); // @[MulAddRecFN.scala 295:20:freechips.rocketchip.system.DefaultRV32Config.fir@190846.4]
  assign io_rawOut_sig = io_fromPreMul_CIsDominant ? CDom_sig : notCDom_sig; // @[MulAddRecFN.scala 296:19:freechips.rocketchip.system.DefaultRV32Config.fir@190848.4]
endmodule